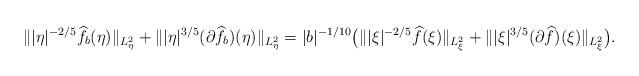
LaTeX: \begin{align*}\||\eta|^{-2/5}\widehat{f_b}(\eta)\|_{L^2_\eta}+\||\eta|^{3/5}(\partial\widehat{f_b})(\eta)\|_{L^2_\eta}=|b|^{-1/10}\big(\||\xi|^{-2/5}\widehat{f}(\xi)\|_{L^2_\xi}+\||\xi|^{3/5}(\partial\widehat{f})(\xi)\|_{L^2_\xi}\big).\end{align*}